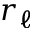
r _ { \ell }